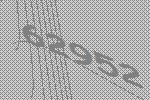
62952